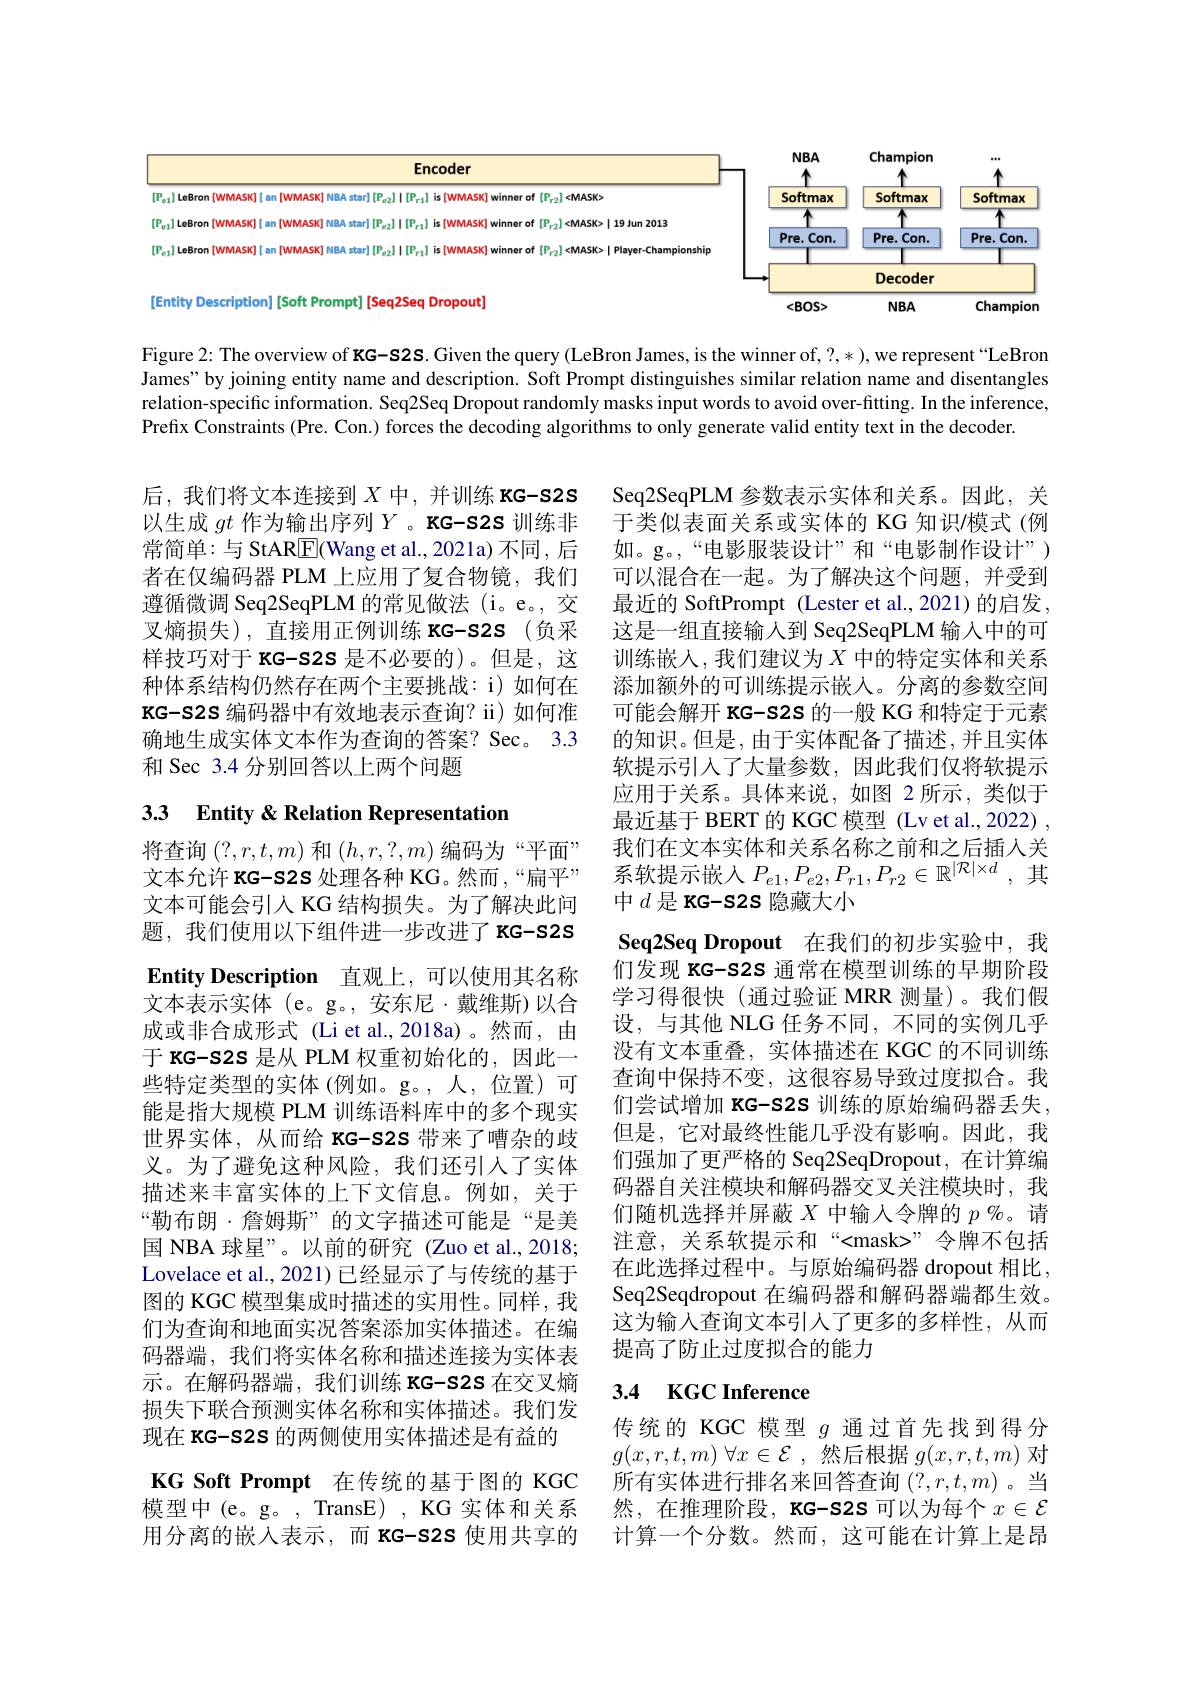
<FigureHere>

Figure 2: The overview of KG-s2s. Given the query (LeBron James, is the winner of, ?,* ), we represent“LeBron James" by joining entity name and description. Soft Prompt distinguishes similar relation name and disentangles relation-specific information. Seq2Seq Dropout randomly masks input words to avoid over-fitting. In the inference, Prefix Constraints (Pre. Con.) forces the decoding algorithms to only generate valid entity text in the decoder.

后，我们将文本连接到$X$中，并训练 KG-s2s Seq2SeqPLM 参数表示实体和关系。因此，关以生成$gt$作为输出序列$Y$。KG-s2s 训练非 于类似表面关系或实体的 KG 知识模式 (例常简单：与 StAR$\boxed{\mathrm{E}}($Wang et al.,2021a)不同，后 如。g。,“电影服装设计”和“电影制作设计”) 者在仅编码器 PLM 上应用了复合物镜，我们 可以混合在一起。为了解决这个问题，并受到遵循微调 Seq2SeqPLM 的常见做法 (i。e。, 交叉熵损失),直接用正例训练 KG-s2S(负采样技巧对于 KG-s2S 是不必要的)。但是，这 训练嵌人，我们建议为$X$中的特定实体和关系
种体系结构仍然存在两个主要挑战：i)如何在KG-S2S 编码器中有效地表示查询？ii)如何准确地生成实体文本作为查询的答案？Sec。3.3和 Sec 3.4 分别回答以上两个问题

# 3.3 Entity &Relation Representation

最近的 SoftPrompt (Lester et al.,2021)的启发， 这是一组直接输人到 Seq2SeqPLM 输入中的可添加额外的可训练提示嵌入。分离的参数空间可能会解开 KG-S2S 的一般 KG 和特定于元素的知识。但是，由于实体配备了描述，并且实体软提示引入了大量参数，因此我们仅将软提示应用于关系。具体来说，如图 2 所示，类似于最近基于 BERT 的 KGC 模型 (Lv et al.,2022) , 我们在文本实体和关系名称之前和之后插人关系软提示嵌入$P_e1,P_{e2},P_{r1},P_{r2}\in\mathbb{R}^{|\mathcal{R}|\times d}$,其中$d$是 KG-S2S 隐藏大小
$\textbf{Seq2Seq Dropout 在 我 们 的 初 步 实 验 中 , 我 }$ 们发现 KG-s2S 通常在模型训练的早期阶段学习得很快(通过验证 MRR 测量)。我们假设，与其他 NLG 任务不同，不同的实例几乎没有文本重叠，实体描述在 KGC 的不同训练查询中保持不变，这很容易导致过度拟合。我们尝试增加 KG-s2S 训练的原始编码器丢失， 但是，它对最终性能几乎没有影响。因此，我们强加了更严格的 Seq2SeqDropout, 在计算编码器自关注模块和解码器交叉关注模块时，我们随机选择并屏蔽$X$中输入令牌的$p\%$。请注意，关系软提示和“<mask>”令牌不包括在此选择过程中。与原始编码器 dropout 相比， Seq2Seqdropout 在编码器和解码器端都生效。这为输入查询文本引人了更多的多样性，从而提高了防止过度拟合的能力

将查询$(?,r,t,m)$和$(h,r,?,m)$编码为“平面” 文本允许 KG-s2S 处理各种 KG。然而 ,“扁平” 文本可能会引人 KG 结构损失。为了解决此问题，我们使用以下组件进一步改进了KG-S2S Entity Description 直观上，可以使用其名称文本表示实体 (e。g。, 安东尼·戴维斯)以合成或非合成形式 (Li et al.,2018a)。然而，由于 KG-S2S 是从 PLM 权重初始化的，因此一些特定类型的实体 (例如。g。,人，位置)可能是指大规模 PLM 训练语料库中的多个现实世界实体，从而给 KG-s2S 带来了嘈杂的歧义。为了避免这种风险，我们还引人了实体描述来丰富实体的上下文信息。例如，关于“勒布朗·詹姆斯”的文字描述可能是“是美国 NBA 球星”。以前的研究 (Zuo et al.,2018; Lovelace et al., 2021) 已经显示了与传统的基于图的 KGC 模型集成时描述的实用性。同样，我们为查询和地面实况答案添加实体描述。在编码器端，我们将实体名称和描述连接为实体表示。在解码器端，我们训练 KG-S2S 在交叉熵损失下联合预测实体名称和实体描述。我们发现在 KG-S2S 的两侧使用实体描述是有益的KG Soft Prompt 在传统的基于图的 KGC
模型中(e。g。, TransE) , KG 实体和关系 然，在推理阶段，KG-s2s 可以为每个$x\in\mathcal{E}$ 用分离的嵌人表示，而 KG-s2s 使用共享的 计算一个分数。然而，这可能在计算上是昂

## 3.4 KGC Inference

传统的 KGC 模型$g$通过首先找到得分$g( x, r, t, m)$ $\forall x\in \mathcal{E}$ ,然后根据 $g(x,r,t,m)$ 对所有实体进行排名来回答查询$(?,r,t,m)$ 。当